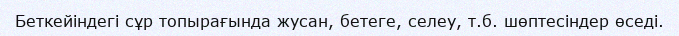
Беткейіндегі сұр топырағында жусан, бетеге, селеу, т.б. шөптесіндер өседі.